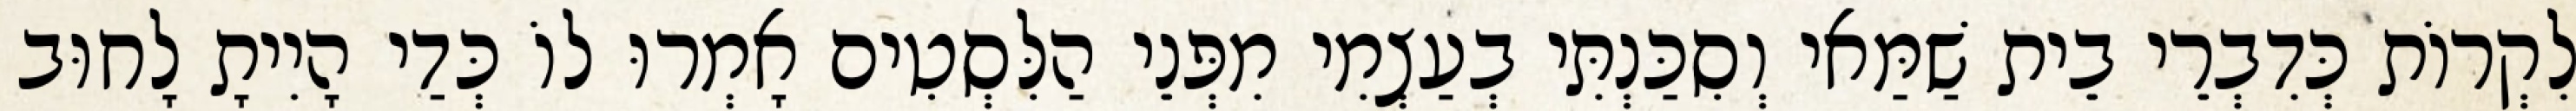
לִקְרוֹת כְּדִבְרֵי בֵית שַׁמַּאי וְסִכַּנְתִּי בְעַצְמִי מִפְּנֵי הַלִּסְטִים אָמְרוּ לוֹ כְּדַי הָיִיתָ לָחוּב